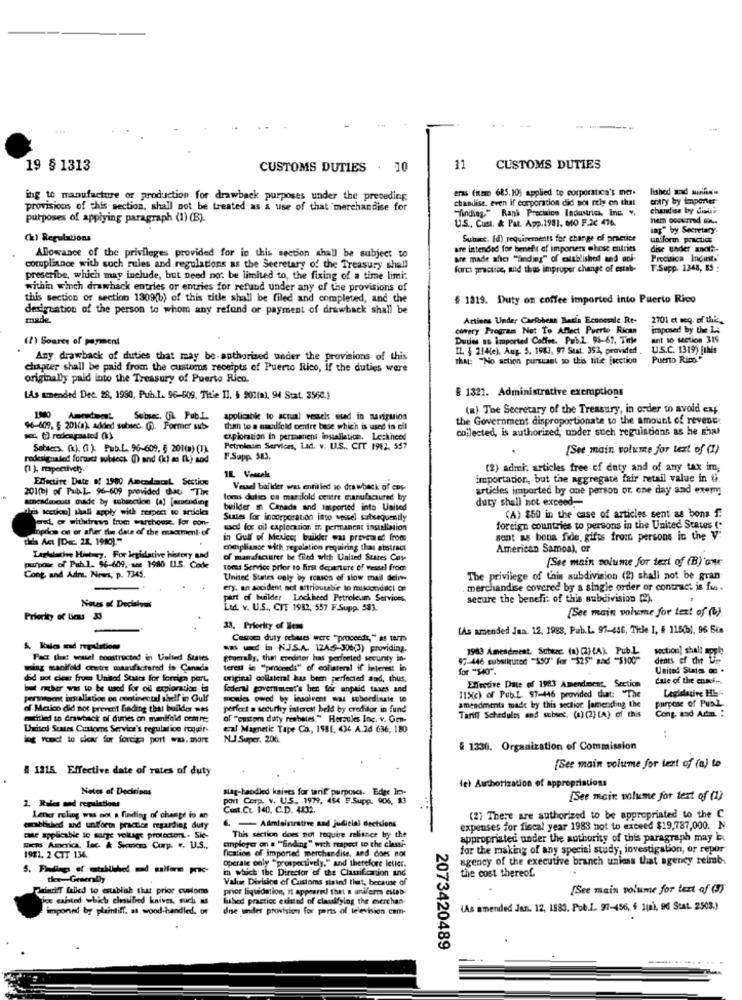
19 § 1313
CUSTOMS DUTIES . 10
11
CUSTOMS DUTIES
ers (naac 685.10; applied to corporatica's mer-
lished and suninen
ing to manufacture or production for drawback purposes under the preceding
chandise, even If corporation did sos rely on that
entry by importer
provisions of this section, shall not be treated as & use of that "merchandise for
finding." Rank Precisice Industries Inc. v.
chandise by diaisi
purposes of applying paragraph (1) (B).
U.S ., Cust. & Pat. App.1981. 00 F.Ic 476.
hem Docemed ....
ing" by Secretary.
(k) Regulations
Subc. (d) requirements for change of practice
uniform practices
are intended for benefit of importers whose entries
dise under anoth-
Allowance of the privileges provided for in this section shall be subject to
are made afici "finding" of calablished and wol-
Precisica Indirit.
compliance with such rules and regulations as the Secretary of the Treasury shall
farts practice, and thus improper change of estab-
F.Supp. 1348, 85 :
prescribe, which may include, but need not be limited to, the fixing of a time limi:
within which drawback entries or entries for refund under any of the provisions of
this section of section 1309(b) of this title shall be filed and completed, and the
$ 1819. Duty on coffee imported into Puerto Rico
designation of the person to whom any refund or payment of drawback shall be
made.
Actions Under Caribbess Bacia Eccoomle Rt-
2701 et seq- of the
covery Program Not To Affect Puerto Rican
imposed by the 15
(2) Source of payment
Duties as imported Coffee. Pob.2. 96-67. Title
ant to section 315
IL. § 214(e). Aug. 5. 1983, 97 Sust. 393, provided . U.S.C. 1319) [this
Any drawback of duties that may be-authorised under the provisions of this
That: "No action pursuant to this title [section
Puerto Rico"
chapter shall be paid from the customs receipts of Puerto Rico, If the duties were
originally paid into the Treasury of Puerto Rico.
# 1321. Administrative exemptions
LAs amended Dec. 28, 1990, Pub.1. 96-509. Titie Il. 5 900(a), 94 Stat. 3560.)
(R) The Secretary of the Treasury, in order to avoid ext
Subsec, GL Pub.L.
applicable to actual vessels used in nariguion
the Government disproportionate to the amount of revene:
96-609. § 201(a), added subsec. (). Former sub-
than to a nadilfeld centre bade which is used to cil
collected, is authorized, under such regulations as he shat
exploration In permanent installation. Lockheed
Sabaccs. (k). (1 ). Pub.L. 96-609, § 2010) (1).
Petroleum Services, Lad. v. U.S .. CIT 1982. 557
[See main volume for text of (1)
redesigmaled formacz subsecs () and (k) as (k) and
F.Sapp. 583.
(1), mapectively.
(2) admi: articles free of duty and of any tax im;
Effective Date &! 1980 AmcadanceL Section
importation, but the aggregate fair retail value in G.
201(b) of PubL. 96-609 provided that "Time
Vessel ballder was entitled to drawback of cos-
articles imported by one person or, one day and exem
amcadecodi made by subsection (a) [amending
tom dulic ca manifold centre manufactured by
duty shall not exceed-
This section] shall apply with respect to articles
builder Canada and imported into United
ant, or withdraws from warchowe. For con-
Suntes for incorporation into vessel subsequently
(A) $50 in the case of articles sent as bons f.
topdos on or after the date of the msacement of
used for oil exploration ir. permanent installation
foreign countries to persons in the United States ("
hs Act [Dec. 22, 1980)."
in Gulf of Mexico; buikker wa prevented from
sent as bona fide, gifts from persons in the V:
compliance with regulation requiring that abstract
American Samoa), or
Laphletive History. For legislative history and
of manufacturer be filed with United States Cus-
(See main volume for text of (B) ane
Purpose of Puh. 1. 94-609 ,- see 1980 IL.S. Code
toms Service prior to first departure of vessel from
Cong, and Adm. News, p. 7345.
United States only by rcases of slow mail delit
The privilege of this subdivision (2) shall not be gran
ery. an aocident not artrioutable to misoondaci de
merchandise covered by a single order or contract is fra.
part of builder Lockheed Petroleum Services
secure the benefit of this subdivision (2).
Nous of Decisions
Ltd. v. U.S ., CIT 1982, 557 F.Supp. 583.
(See main volume for text of (L).
Priorky o lieu 33
33. Priecity of leme
(As amended Jan. 12, 1988, Pub.L. 97-446, Title 1, § 115(b), 96 Bin
Cescomo duty sebases were "proceeds, " as term
5. Rules and regalatios
- - in NJSA 1245-30603) providing.
1943 Amendment. Suberc (a) (2)AL Pub.L
Fact that weasel constructed in United States
Etuerally, that creditor has perfected security in-
97-446 substituted "SSO" for "525" sad "$100"
section] shall apple
denes ef che tes
ming manifold contre manufactured in Canada
terest in "proceeds" of colisteral if interest in
for "540".
United Suis o .
did not chest frue United States for foreign part.
original collateral has been perfected and, thus.
Effective Date of 1983 Amendment, Se
Cale of the come -.
but rcher was to be used for od exploration to
federal government's bien fer unpaid taxes and
115(c) of Pub.L. $7-446 provided dut: "The
Legislative HL4.
persoent installation on continental shelf in Gulf
monies owed by insolvent was subordinate to
purpose of Publ.
of Marico did not prevent finding that builder -ts
perfect a security interest held by creditor in fund
amendments made by this section [amending the
Cong. and Adim. :
tiled to drawback of duries on manifold comre:
of "custom duty resbales " Hercules Inc. v. Go-
Tariff Schedules end subsec. (a) (2) (A) of this
United States Customs Service's regulation requir-
cal Magnetic Tape Co ., 1981. 436 A.Id 636, 180
ing rond to de for forcia port ww.mart
N.J.Super, 206.
# 1330. Organization of Commission
# 1215. Effective date of rates of duty
[See main volume for text of (a) to
(e) Authorization of appropriations
Netes of Deciripos
1. Rules and regulations
port Corp. v. U.S. 1979, 484 F.Supp. 006, 33
stag-handled knives for tarif purposes. Edge In-
[See main volume for text of (1)
Cust.CL. 140. C.D. 4132.
Lener reling was not a finding of change is an
(2) There are authorized to be appropriated to the C
established and uniform practice regarding duty
6. - Adeteintestive aad judicial decisions
expenses for fiscal year 1983 not to exceed $19,787,000. N
cate applicable to sorge voltage protecton. Sic-
employer on a "finding" with respect to the classi-
This section does not require reliance by the
appropriated under the authority of this paragraph may bi
Mens America, Lac. & Sicmoms Corp. v. U.S .,
fication of imported merchandise, and does not
for the making of any special study, investigation, or repor
1981. 2 CIT 134.
Operaie only "prospectively," and therefore Ietier.
agency of the executive branch unless that agency reimb.
in which the Director of the Classification and
20
thee-Generally
Value Division of Customs stated that, because of
the cost thereof.
Winrif failed to establish that prior custom
prior liquidation, it appeared that a uniform estab-
[See main volume for text of (S).
thee caisted which classified knives, such as
lubed practice existed of classifying the merchan-
imported by plaintiff. as wood-handled. of
dise under provision for ports of television com-
(As amended Jan. 12, 1883. Pob.1. 97-456, 5 1(8), 96 Stat. 2503.)
2073420489